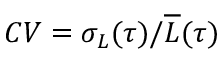
C V = \sigma _ { L } ( \tau ) / \overline { { L } } ( \tau )